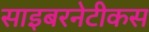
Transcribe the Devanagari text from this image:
साइबरनेटीकस